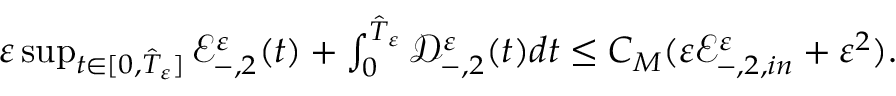
\begin{array} { r } { \varepsilon \operatorname* { s u p } _ { t \in [ 0 , \hat { T } _ { \varepsilon } ] } { \mathscr E } _ { - , 2 } ^ { \varepsilon } ( t ) + \int _ { 0 } ^ { \hat { T } _ { \varepsilon } } { \mathscr D } _ { - , 2 } ^ { \varepsilon } ( t ) d t \leq C _ { M } ( \varepsilon { \mathscr E } _ { - , 2 , i n } ^ { \varepsilon } + \varepsilon ^ { 2 } ) . } \end{array}